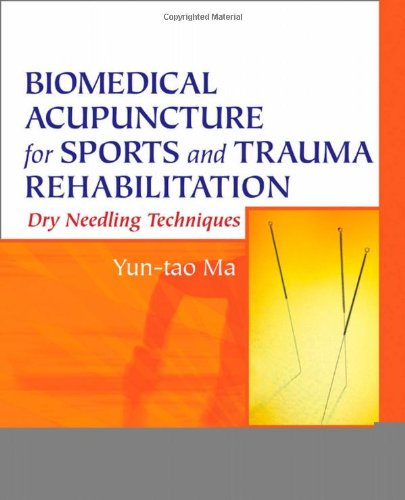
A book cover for Biomedical Acupuncture for Sports and Trauma Rehabilitation: Dry Needling Techniques, 1e; Yun-tao Ma PhD<br>LicAc; Health, Fitness & Dieting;